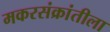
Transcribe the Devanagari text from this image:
मकरसंक्रांतीला